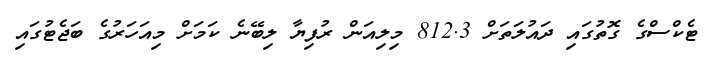
ޓެކްސްގެ ގޮތުގައި ދައުލަތަށް 812.3 މިލިއަން ރުފިޔާ ލިބޭނެ ކަމަށް މިއަހަރުގެ ބަޖެޓުގައި